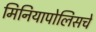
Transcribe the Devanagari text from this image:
मिनियापोलिसचे